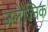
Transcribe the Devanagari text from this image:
ज़लेज्निक